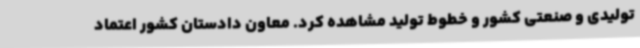
تولیدی و صنعتی کشور و خطوط تولید مشاهده کرد. معاون دادستان کشور اعتماد